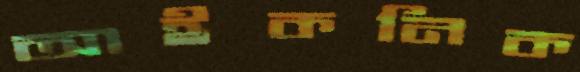
আইকনিক